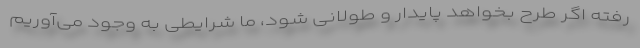
رفته اگر طرح بخواهد پایدار و طولانی شود، ما شرایطی به وجود می‌آوریم